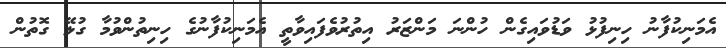
އެމަނިކުފާނު ހިނިފުޅު ވަޑުވައިގެން ހުންނަ މަންޒަރު އިތުރުވެފައިވާތީ އެމަނިކުފާނުގެ ހިނިތުންވުމާ ގުޅޭ ގޮތުން